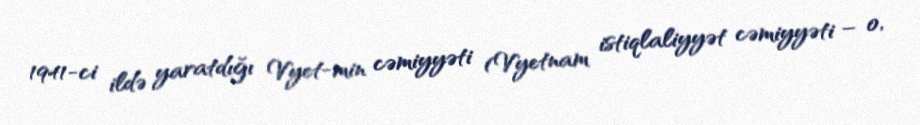
1941-ci ildə yaratdığı Vyet-min cəmiyyəti (Vyetnam istiqlaliyyət cəmiyyəti – o,